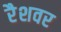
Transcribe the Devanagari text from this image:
रैशवर